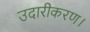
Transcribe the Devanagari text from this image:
उदारीकरण।